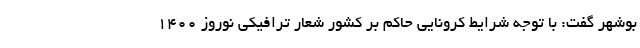
بوشهر گفت: با توجه شرایط کرونایی حاکم بر کشور شعار ترافیکی نوروز ۱۴۰۰